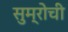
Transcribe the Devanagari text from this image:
सुम्रोची